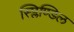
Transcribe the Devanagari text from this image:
स्प्लिण्डिल